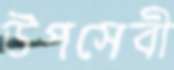
উপসেবী